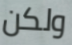
ولكن